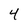
Character: 4